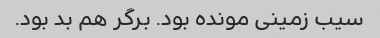
سیب زمینی مونده بود. برگر هم بد بود.